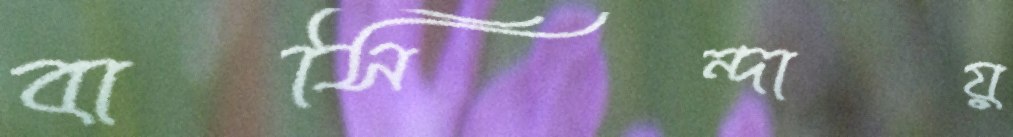
বাসিন্দায়